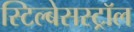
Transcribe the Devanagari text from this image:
स्टिल्बेसस्ट्रॉल